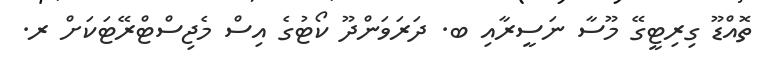
ތޮއްޑޫ ގިރިޓީގޭ މޫސާ ނަސީރާއި ބ. ދަރަވަންދޫ ކޯޓުގެ އިސް މެޖިސްޓްރޭޓަކަށް ރ.